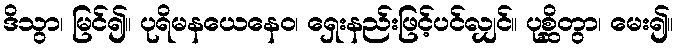
ဒိသွာ၊ မြင်၍။ ပုရိမနယေနေဝ၊ ရှေးနည်းဖြင့်ပင်လျှင်။ ပုစ္ဆိတွာ၊ မေး၍။